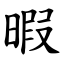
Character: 暇